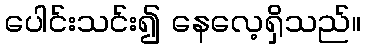
ပေါင်းသင်း၍ နေလေ့ရှိသည်။